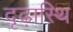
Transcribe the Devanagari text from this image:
दृढ़ास्थि